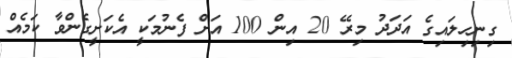
ގިނިހިލައިގެ އަދަދު މިރޭ 20 އިން 100 އަށް ފެނުމަކީ އެކަށީގެންވާ ކަމެއް